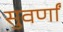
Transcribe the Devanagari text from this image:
सुवर्णां